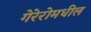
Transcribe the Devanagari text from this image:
गेरेरोमधील